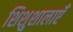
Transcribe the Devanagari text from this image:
शिशुशालाएँ